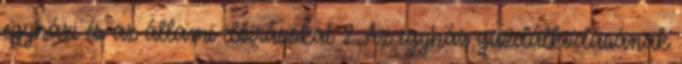
egyházi és az állami előírásokat 2 Az egyház gazdálkodásának